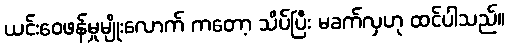
ယင်းဝေဖန်မှုမျိုးလောက် ကတော့ သိပ်ပြီး မခက်လှဟု ထင်ပါသည်။